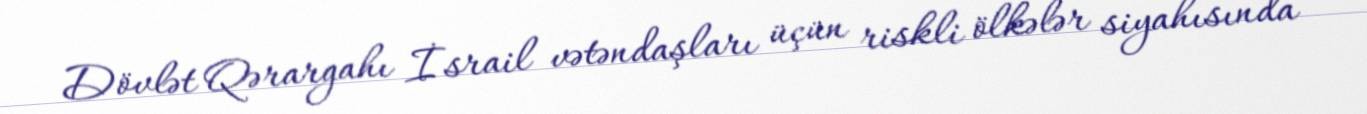
Dövlət Qərargahı İsrail vətəndaşları üçün riskli ölkələr siyahısında